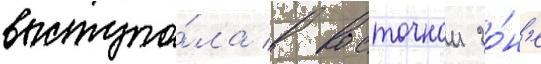
выступа́ла в восточнои зо́н'е